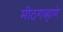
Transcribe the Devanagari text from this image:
मीठगव्हाणे